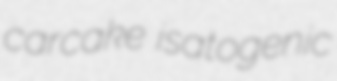
carcake isatogenic